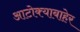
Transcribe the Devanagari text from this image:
आटोक्याबाहेर